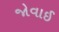
જોવાઈ